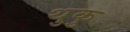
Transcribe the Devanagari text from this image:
थुकु